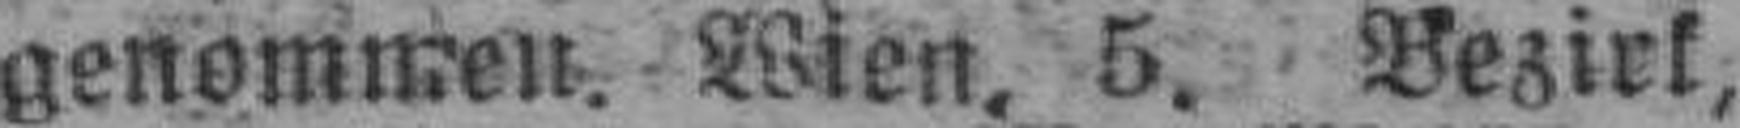
genommen. Wien, 5. Bezirk,